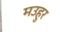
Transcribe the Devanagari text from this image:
मउहुर